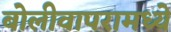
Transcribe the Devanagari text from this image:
बोलीवापरामध्ये